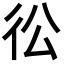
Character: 彸